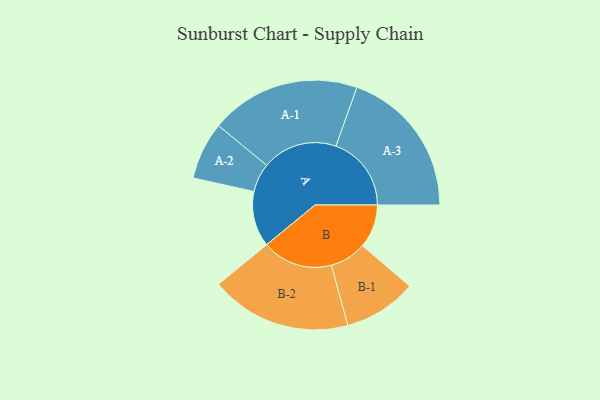
{"axis": {"x": "Segment", "y": "Value"}, "legend": ["", "A", "B"], "data": [{"x": "A", "y": 193, "type": ""}, {"x": "B", "y": 151, "type": ""}, {"x": "A-1", "y": 261, "type": "A"}, {"x": "A-2", "y": 100, "type": "A"}, {"x": "A-3", "y": 262, "type": "A"}, {"x": "B-1", "y": 127, "type": "B"}, {"x": "B-2", "y": 245, "type": "B"}]}